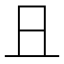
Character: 𠀇